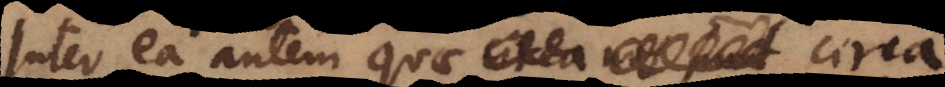
Inter ea autem quae circa